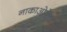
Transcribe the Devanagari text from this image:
नाकाओमेचा